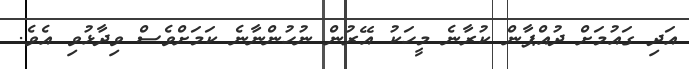
އަދި ގައުމަށް ދުއްޕާން ކުރާނެ މީހަކު އޭރުން ނުހުންނާނެ ކަމަށްވެސް ވިދާޅުވި އެވެ.